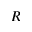
R